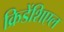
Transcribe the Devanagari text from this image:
क्रिडेंशिएल